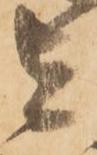
者